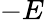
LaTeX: -E